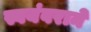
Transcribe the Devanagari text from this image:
स्वयंवराने